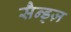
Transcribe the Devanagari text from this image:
सैन्ड्ज़